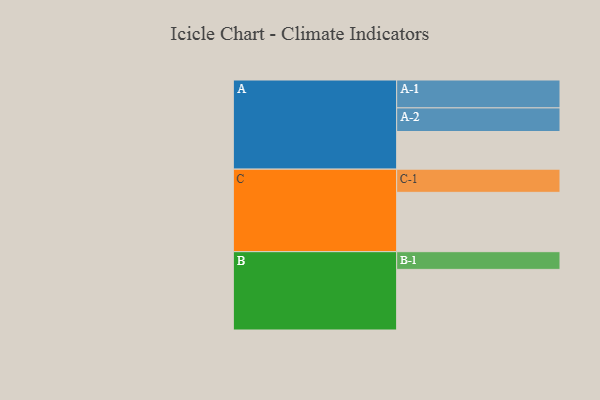
{"axis": {"x": "Segment", "y": "Value"}, "legend": ["", "A", "B", "C"], "data": [{"x": "A", "y": 351, "type": ""}, {"x": "B", "y": 565, "type": ""}, {"x": "C", "y": 553, "type": ""}, {"x": "A-1", "y": 260, "type": "A"}, {"x": "A-2", "y": 220, "type": "A"}, {"x": "B-1", "y": 165, "type": "B"}, {"x": "C-1", "y": 216, "type": "C"}]}